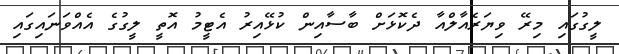
ލީގުގައި މިރޭ ވިޔަރެއާލްއާ ދެކޮޅަށް ބާސާއިން ކުޅޭއިރު އެޓީމު އޮތީ ލީގުގެ އެއްވަނައިގައި